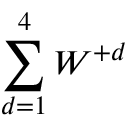
\sum _ { d = 1 } ^ { 4 } W ^ { + d }